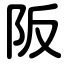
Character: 阪